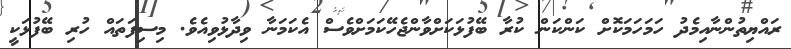
ރައްޔިތުންނާއިމެދު ހަމަހަމަކޮށް ކަންކަން ކުރާ ބޭފުޅަކަށްވާންޖެހޭކަމަށްވެސް އެކަމަނާ ވިދާޅުވިއެވެ. މިސިފަތައް ހުރި ބޭފުޅަކީ